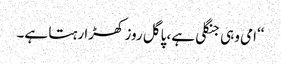
‘‘امی وہی جنگلی ہے، پاگل روز کھڑا رہتا ہے۔